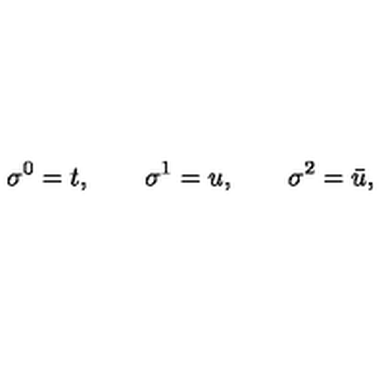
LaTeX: \sigma ^ { 0 } = t , \qquad \sigma ^ { 1 } = u , \qquad \sigma ^ { 2 } = \bar { u } ,